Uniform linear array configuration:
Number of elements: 48
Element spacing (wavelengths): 0.5
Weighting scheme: blackman
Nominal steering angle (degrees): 45
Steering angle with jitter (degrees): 46.583
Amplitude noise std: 0.05
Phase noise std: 0.05

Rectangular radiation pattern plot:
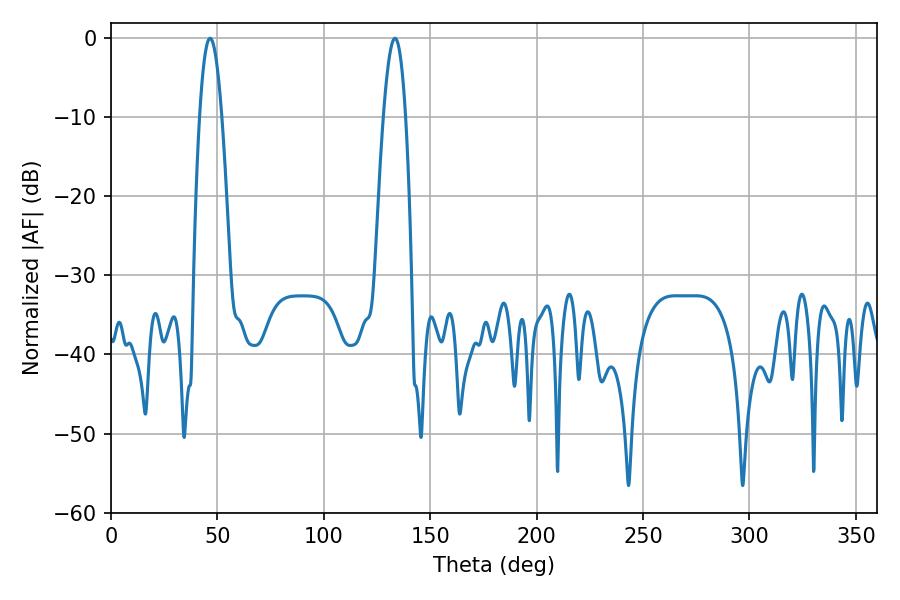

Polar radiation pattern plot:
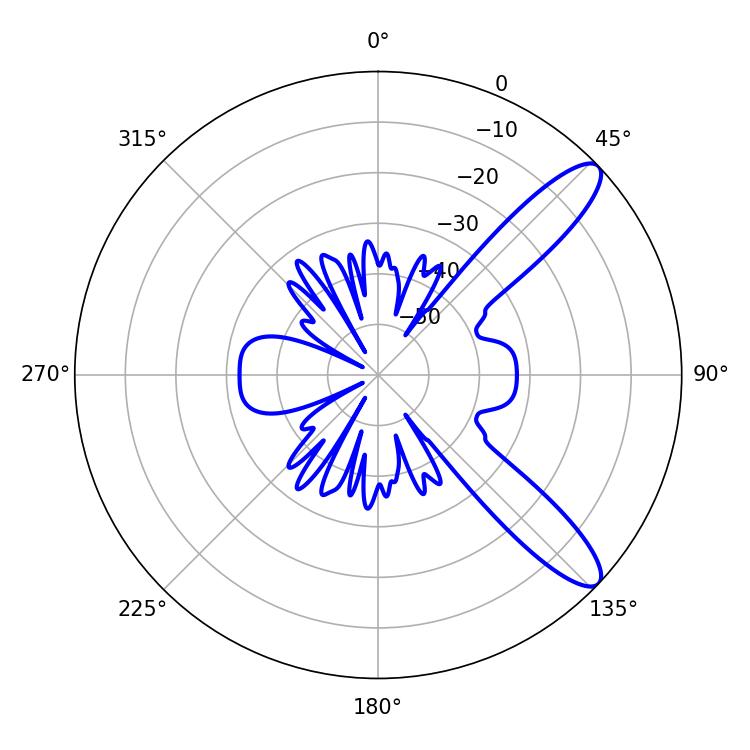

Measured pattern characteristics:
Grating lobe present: FALSE
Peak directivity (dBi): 11.042
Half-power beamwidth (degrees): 5.76
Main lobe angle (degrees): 46.62